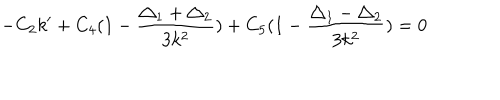
LaTeX: - C _ { 2 } k ^ { \prime } + C _ { 4 } ( 1 - \frac { \triangle _ { 1 } + \triangle _ { 2 } } { 3 k ^ { 2 } } ) + C _ { 5 } ( 1 - \frac { \triangle _ { 1 } - \triangle _ { 2 } } { 3 k ^ { 2 } } ) = 0